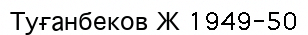
Туғанбеков Ж 1949-50